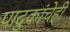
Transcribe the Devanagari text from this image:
पादुकांचेही